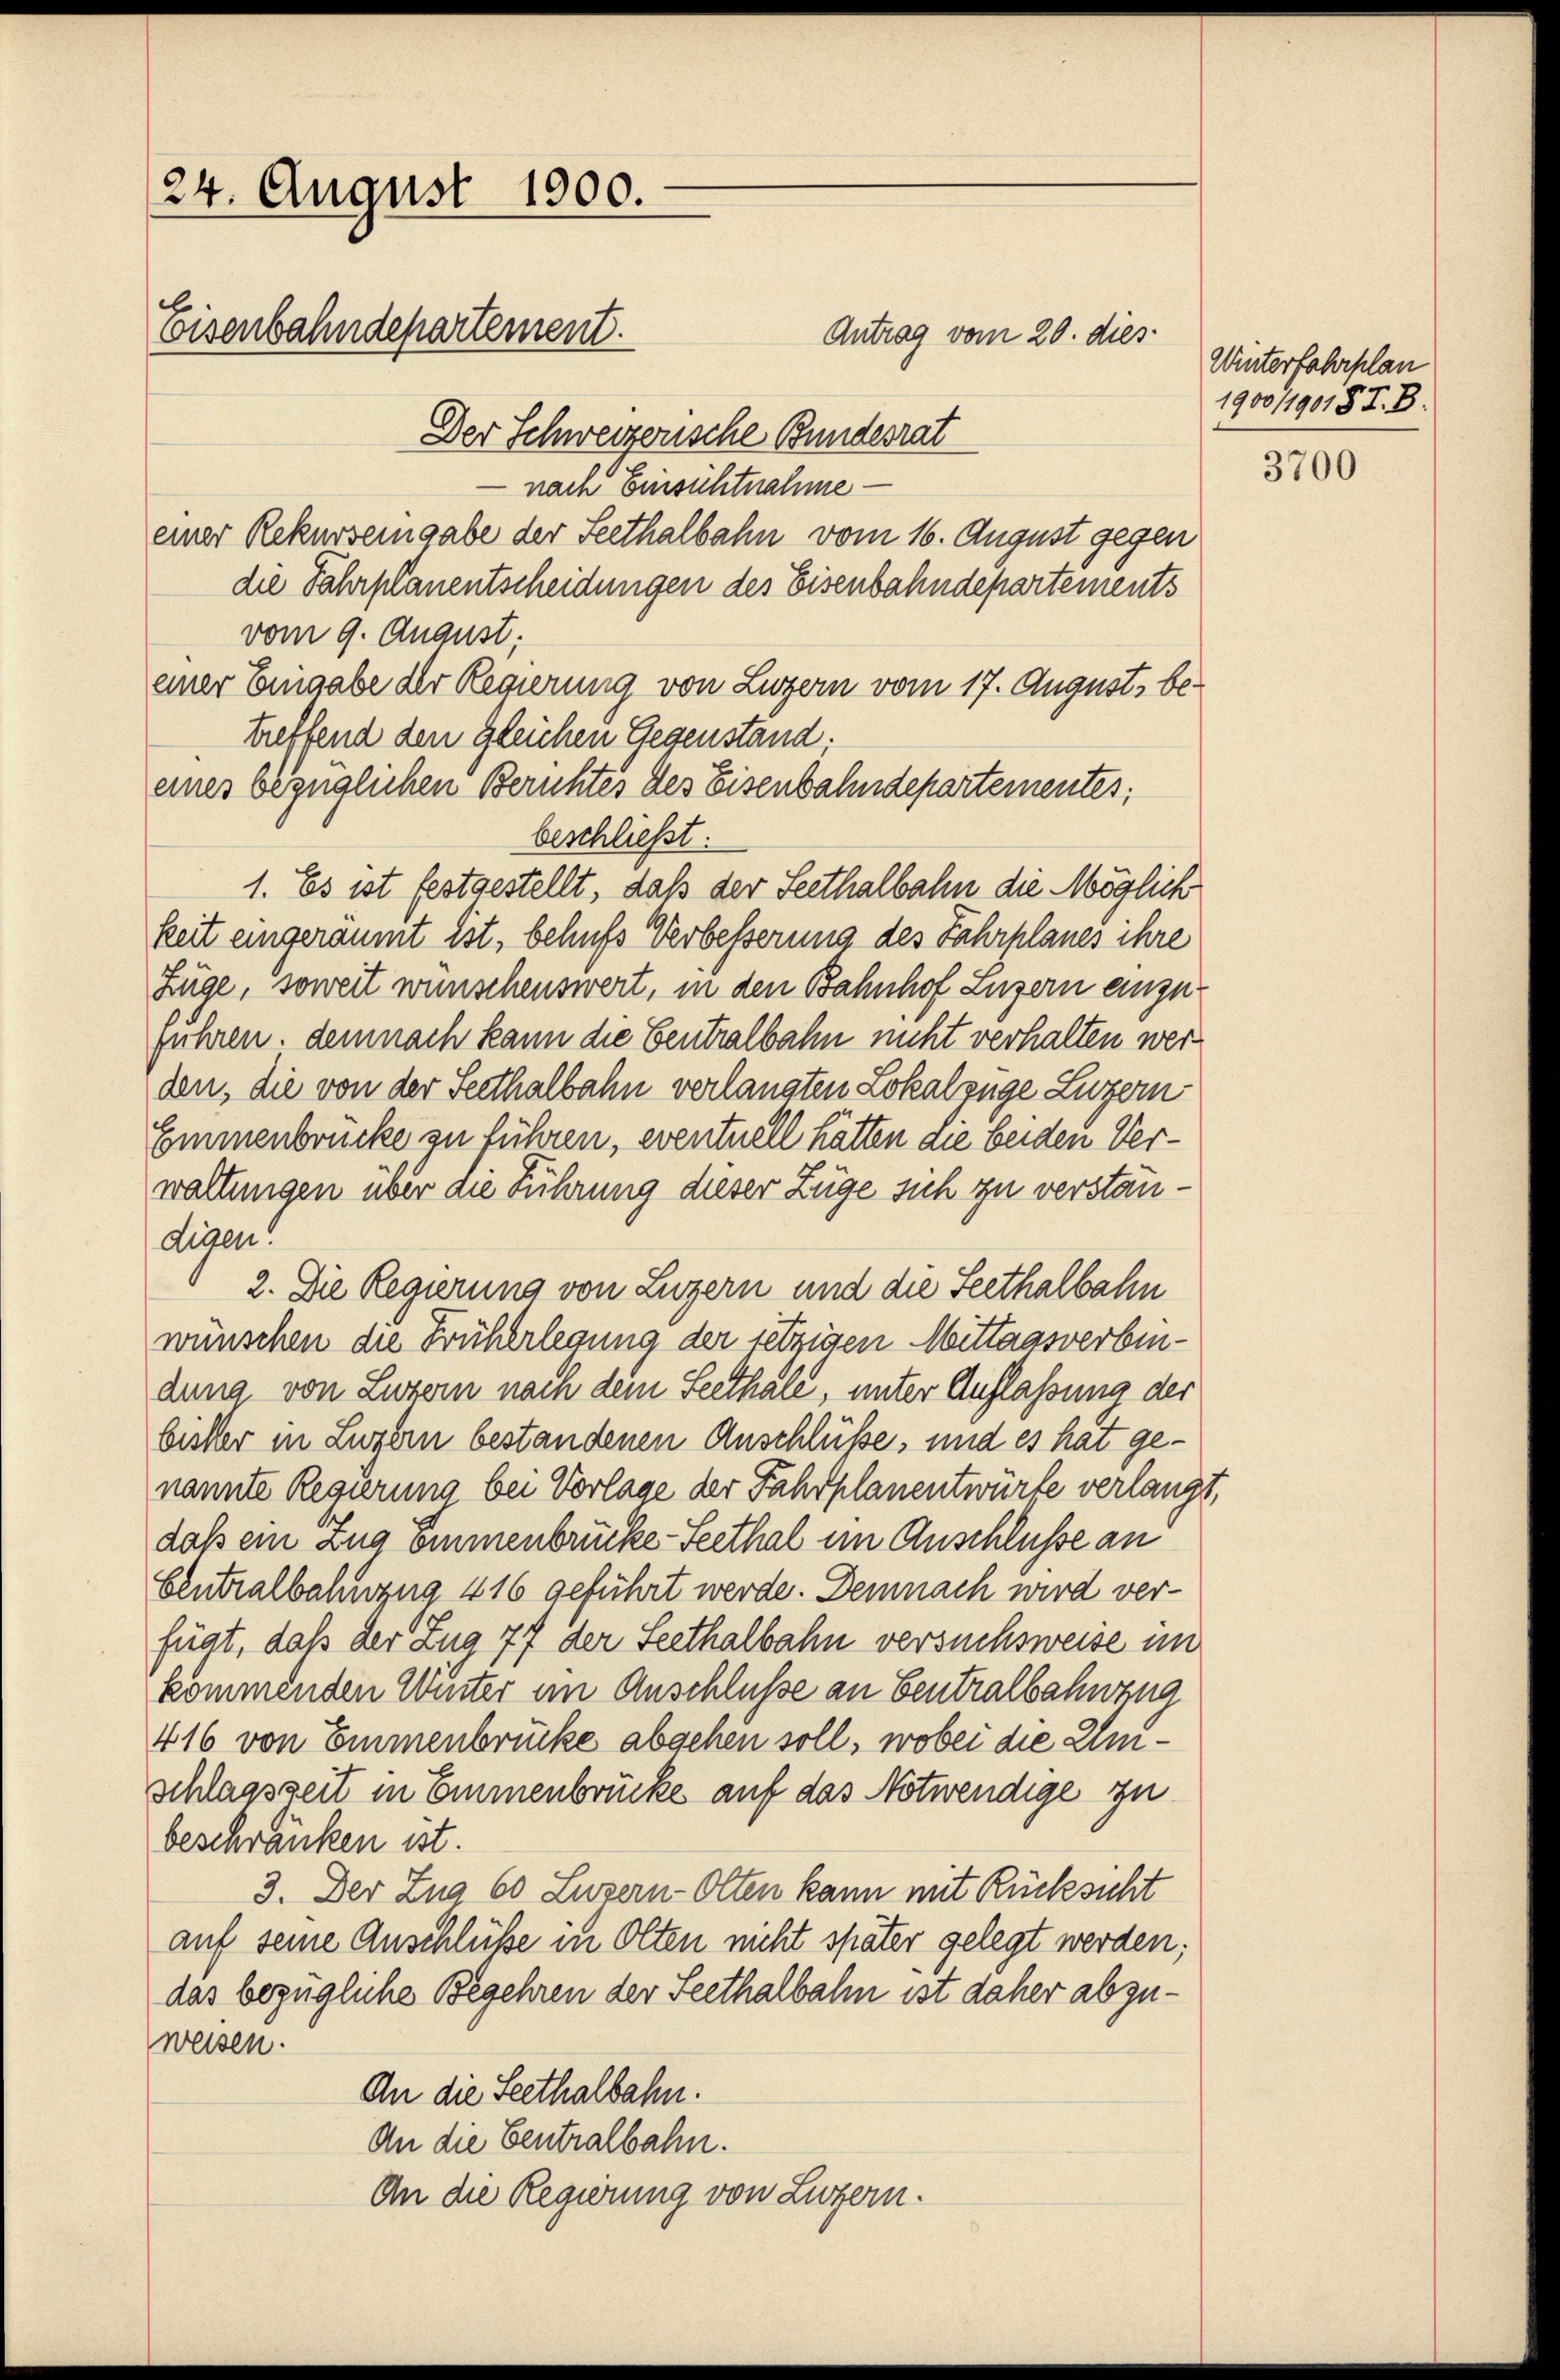
24. August 1900.
Eisenbahndepartement.

Der Schweizerische Bundesrat
nach Einsichtnahme
einer Rekurseingabe der Seethalbahn vom 16. August gegen
die Fahrplanentscheidungen des Eisenbahndepartements
vom 9. August.
einer Eingabe der Regierung von Luzern vom 17. August, betreffend den gleichen Gegenstand;
eines bezüglichen Berichtes des Eisenbahndepartementes,
beschließt:
1. Es ist festgestellt, daß der Seethalbahn die Möglich
keit eingeräumt ist, behufs Verbesserung des Fahrplanes ihre
Züge, soweit wünschenswert, in den Bahnhof Luzern einzuführen, demnach kann die Centralbahn nicht verhalten werden, die von der Seethalbahn verlangten Lokalzüge Luzern
Emmenbrücke zu führen, eventuell hätten die beiden Verwaltungen über die Führung dieser Züge sich zu verstan¬
Eigen!
2. Die Regierung von Luzern und die Seethalbahn
wünschen die Früherlegung der jetzigen Mittagsverbindung von Luzern nach dem Seethale, unter Auflassung der
bister in Luzern bestandenen Anschlüße, und es hat genannte Regierung bei Vorlage der Fahrplanentwürfe verlangt,
daß ein Zug Emmenbrucke-Seethal im Anschlüsse an
Centralbahnzug 416 geführt werde. Demnach wird ver-
füat, daß der Zug 77 der Seethalbahn versuchsweise un
kommenden Winter im Anschlüsse an Centralbahnzug
416 von Emmenbrücke abgehen soll, wobei die Umschlagszeit in Emmenbrücke auf das Notwendige zu
beschränken ist.
3. Der Zug 60 Luzern-Olten kann mit Rücksicht
auf seine Anschlüße in Olten nicht später gelegt werden;
das bezügliche Begehren der Seethalbahn ist daher abzuweisen.
An die Seethalbahn.
An die Centralbahn.
An die Regierung von Luzern.

Antrag vom 20. dies

Winterfahrplan
1900/190187. B.

3700